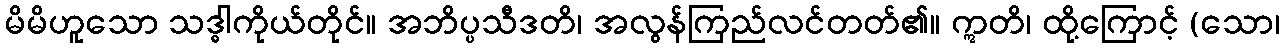
မိမိဟူသော သဒ္ဓါကိုယ်တိုင်။ အဘိပ္ပသီဒတိ၊ အလွန်ကြည်လင်တတ်၏။ ဣတိ၊ ထို့ကြောင့် (သော၊